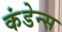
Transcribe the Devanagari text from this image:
कंडेन्स